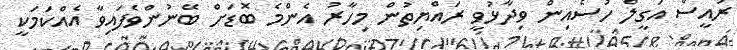
ރައީސް އަގީލް ހުސެއިން ވިދާޅުވީ ރައްޔިތުން މިހާރު އެންމެ ބޮޑަށް ބޭނުންވެފައިވާ އެއްކަމަކީ